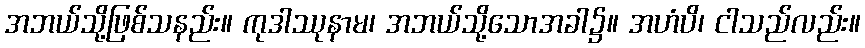
အဘယ်သို့ဖြစ်သနည်း။ ကုဒါဿုနာမ၊ အဘယ်သို့သောအခါ၌။ အဟံပိ၊ ငါသည်လည်း။